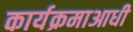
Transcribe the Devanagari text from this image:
कार्यक्रमाआधी